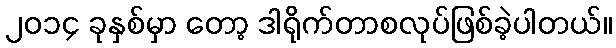
၂ဝ၁၄ ခုနှစ်မှာ တော့ ဒါရိုက်တာစလုပ်ဖြစ်ခဲ့ပါတယ်။